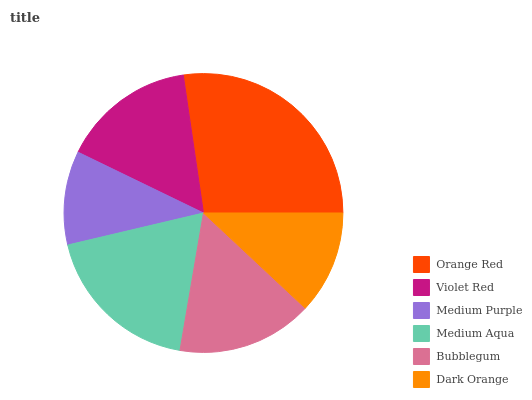
| Orange Red | Violet Red | Medium Purple | Medium Aqua | Bubblegum | Dark Orange |
 | --- | --- | --- | --- | --- | --- |
 | 27.4% | 15.5% | 10.9% | 18.6% | 15.7% | 12% |